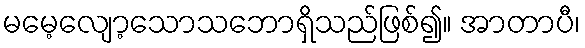
မမေ့လျော့သောသဘောရှိသည်ဖြစ်၍။ အာတာပီ၊